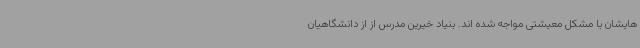
هایشان با مشکل معیشتی مواجه شده اند. بنیاد خیرین مدرس از از دانشگاهیان